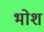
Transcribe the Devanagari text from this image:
भोश